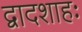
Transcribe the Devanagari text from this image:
द्वादशाहः